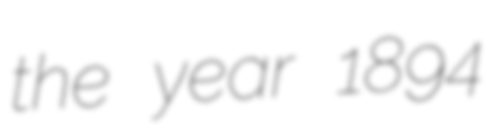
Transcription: the year 1894